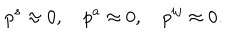
p ^ { s } \approx 0 , \quad p ^ { a } \approx 0 , \quad p ^ { i j } \approx 0 .